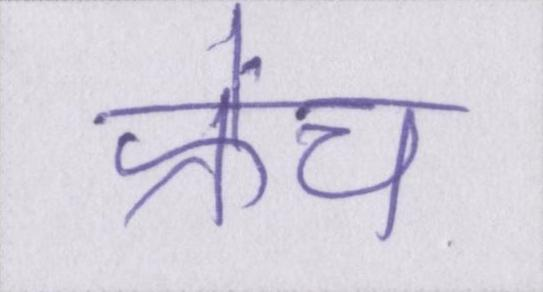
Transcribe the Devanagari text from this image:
फ्रेंच